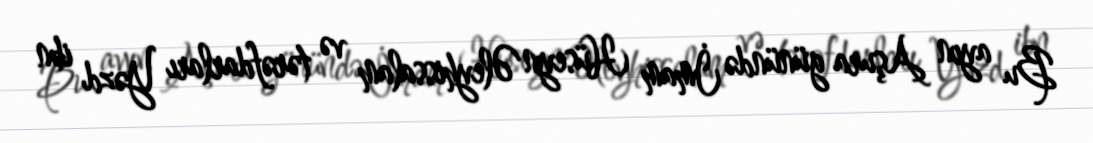
Bu ayın Aşura günündə İmam Hüseyn Əleyhissalam və tərəfdarları Yəzd ibn